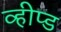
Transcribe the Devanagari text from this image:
व्हीप्ड